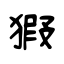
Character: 猳